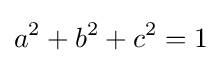
a^{2}+b^{2}+c^{2}=1